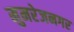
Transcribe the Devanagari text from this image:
मुमरेजनगर